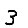
Digit: 3